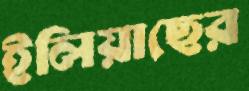
ইলিয়াছের